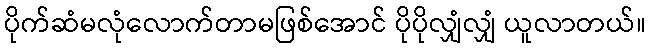
ပိုက်ဆံမလုံလောက်တာမဖြစ်အောင် ပိုပိုလျှံလျှံ ယူလာတယ်။